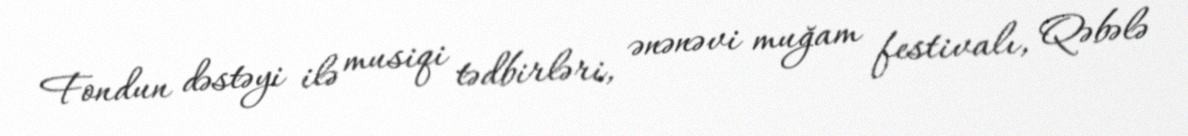
Fondun dəstəyi ilə musiqi tədbirləri, ənənəvi muğam festivalı, Qəbələ